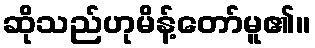
ဆိုသည်ဟုမိန့်တော်မူ၏။